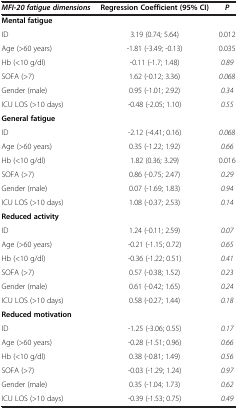
| MFI-20 fatigue dimensions | Regression Coefficient (95% CI) | P |
 | --- | --- | --- |
 | Mental fatigue |  |  |
 | ID | 3.19 (0.74; 5.64) | 0.012 |
 | Age (>60 years) | -1.81 (-3.49; -0.13) | 0.035 |
 | Hb (<10 g/dl) | -0.11 (-1.7; 1.48) | 0.89 |
 | SOFA (>7) | 1.62 (-0.12; 3.36) | 0.068 |
 | Gender (male) | 0.95 (-1.01; 2.92) | 0.34 |
 | ICU LOS (>10 days) | -0.48 (-2.05; 1.10) | 0.55 |
 | General fatigue |  |  |
 | ID | -2.12 (-4.41; 0.16) | 0.068 |
 | Age (>60 years) | 0.35 (-1.22; 1.92) | 0.66 |
 | Hb (<10 g/dl) | 1.82 (0.36; 3.29) | 0.016 |
 | SOFA (>7) | 0.86 (-0.75; 2.47) | 0.29 |
 | Gender (male) | 0.07 (-1.69; 1.83) | 0.94 |
 | ICU LOS (>10 days) | 1.08 (-0.37; 2.53) | 0.14 |
 | Reduced activity |  |  |
 | ID | 1.24 (-0.11; 2.59) | 0.07 |
 | Age (>60 years) | -0.21 (-1.15; 0.72) | 0.65 |
 | Hb (<10 g/dl) | -0.36 (-1.22; 0.51) | 0.41 |
 | SOFA (>7) | 0.57 (-0.38; 1.52) | 0.23 |
 | Gender (male) | 0.61 (-0.42; 1.65) | 0.24 |
 | ICU LOS (>10 days) | 0.58 (-0.27; 1.44) | 0.18 |
 | Reduced motivation |  |  |
 | ID | -1.25 (-3.06; 0.55) | 0.17 |
 | Age (>60 years) | -0.28 (-1.51; 0.96) | 0.66 |
 | Hb (<10 g/dl) | 0.38 (-0.81; 1.49) | 0.56 |
 | SOFA (>7) | -0.03 (-1.29; 1.24) | 0.97 |
 | Gender (male) | 0.35 (-1.04; 1.73) | 0.62 |
 | ICU LOS (>10 days) | -0.39 (-1.53; 0.75) | 0.49 |